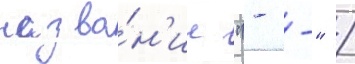
назва́н'ие "- -" /